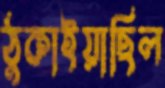
ঠুকাইয়াছিল